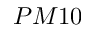
P M 1 0